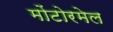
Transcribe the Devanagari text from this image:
मोंटोरमेल